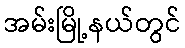
အမ်းမြို့နယ်တွင်